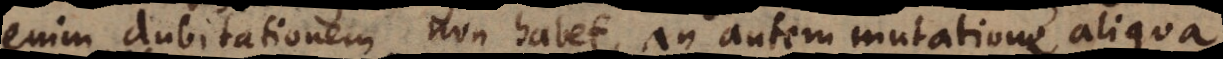
enim dubitationem non habet, an autem mutatione aliqua